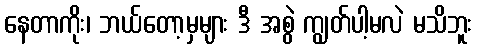
နေတာကိုး၊ ဘယ်တော့မှများ ဒီ အစွဲ ကျွတ်ပါ့မလဲ မသိဘူး